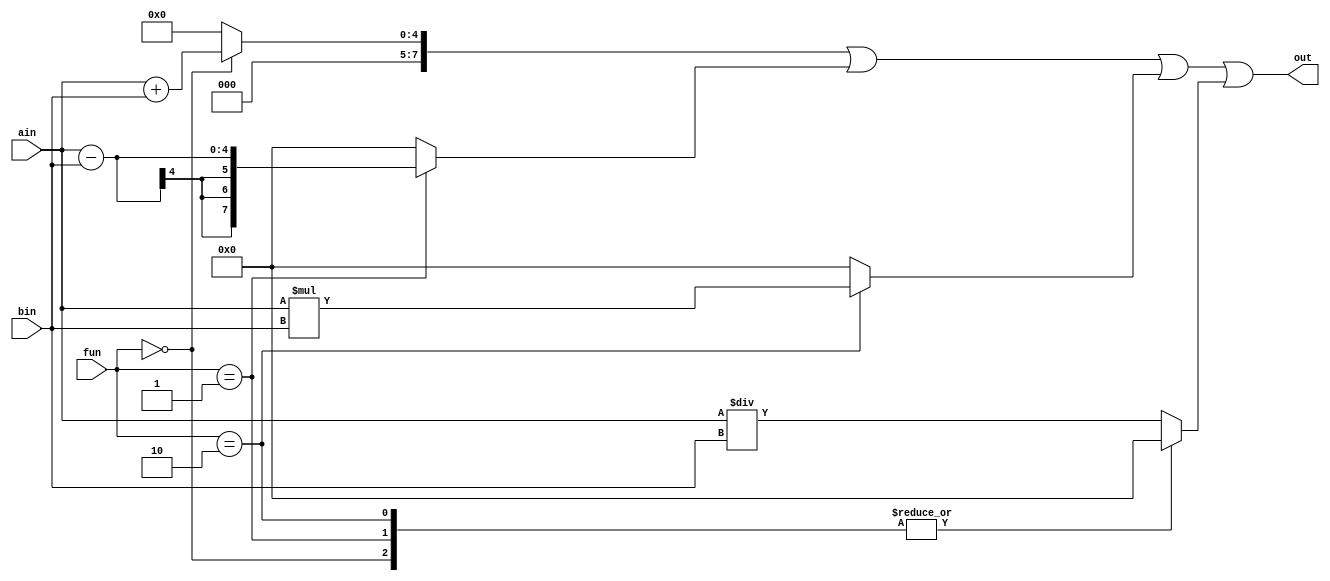

module calculator (ain,bin,fun,out);
input [3:0] ain;
input [3:0] bin;
input [2:0] fun;
output [7:0] out;

reg [7:0] out_sum, out_sub , out_mult, out_div;

assign out = out_sum | out_sub | out_mult | out_div;

always@(ain or bin)
begin
    case (fun)

        2'b00: begin
            out_sum <= ain + bin;
            out_sub <= 7'b0;
            out_mult <= 7'b0;
            out_div <= 7'b0;
         end
        2'b01: begin
            out_sub <= ain - bin;
            out_sum <= 7'b0;
            out_mult <= 7'b0;
            out_div <= 7'b0;

        end
        2'b10: begin
            out_mult <= ain * bin;
            out_sum <= 7'b0;
            out_sub <= 7'b0;
            out_div <= 7'b0;
        end
        default: begin
            out_div <= ain / bin;
            out_sum <= 7'b0;
            out_sub <= 7'b0;
            out_mult <= 7'b0;
        end

    endcase
end
endmodule

module text();
reg [3:0] a;
reg [3:0] b;
reg [2:0] f;
wire [7:0] out;
reg  count = 3'd0;
calculator module2(a,b,f,out);
initial
begin
  f  = 2'b0;
  a = 4'd0;
  b = 4'd0;
  #100;  
end
initial 
begin
  a = 4'd6;
  b= 4'd3;  
  for (count = 0; count < 4; count = count + 1'b1) 

  f = count;
   $monitor("inputa=%b,inputb=%b,result=%b",a,b,out);

   #50;

end

endmodule